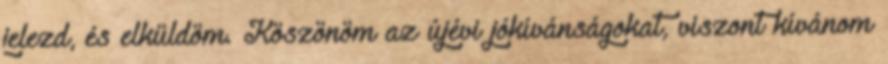
jelezd, és elküldöm. Köszönöm az újévi jókívánságokat, viszont kívánom